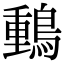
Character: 䳯